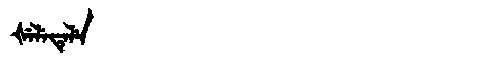
Manchu: ᡧᡝᠯᡝᡨᡝᠯᡝ
Romanization: ŠELETELE